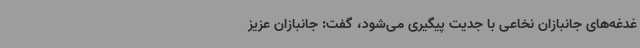
غدغه‌های جانبازان نخاعی با جدیت پیگیری می‌شود، گفت: جانبازان عزیز